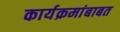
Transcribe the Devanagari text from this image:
कार्यक्रमांबाबत